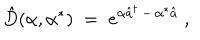
LaTeX: { \hat { D } } ( \alpha , \alpha ^ { * } ) \; = \; e ^ { \alpha { \hat { a } } ^ { \dagger } \, - \, \alpha ^ { * } { \hat { a } } } \; ,